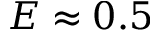
E \approx 0 . 5